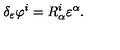
\delta _ { \varepsilon } \varphi ^ { i } = R _ { \alpha } ^ { i } \varepsilon ^ { \alpha } .